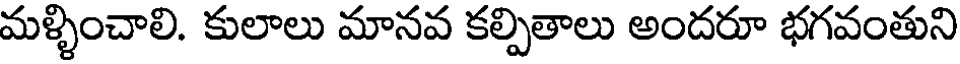
మళ్ళించాలి. కులాలు మానవ కల్పితాలు అందరూ భగవంతుని